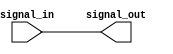
module ttl_buffer (
    input wire signal_in,
    output reg signal_out
);

assign signal_out = signal_in;

endmodule